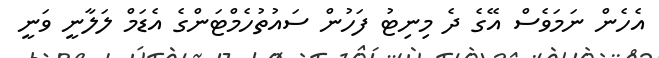
އެހެން ނަމަވެސް އޭގެ ދެ މިނިޓު ފަހުން ސައުތުހެމްޓަންގެ އެޑަމް ލަލާނީ ވަނީ